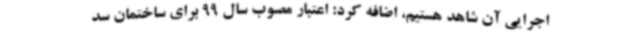
اجرایی آن شاهد هستیم، اضافه کرد: اعتبار مصوب سال 99 برای ساختمان سد